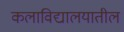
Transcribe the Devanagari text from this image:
कलाविद्यालयातील